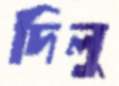
দিলু